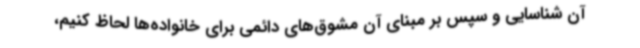
آن شناسایی و سپس بر مبنای آن مشوق‌های دائمی برای خانواده‌ها لحاظ کنیم،